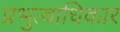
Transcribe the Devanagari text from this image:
प्रभुत्वाधिकार